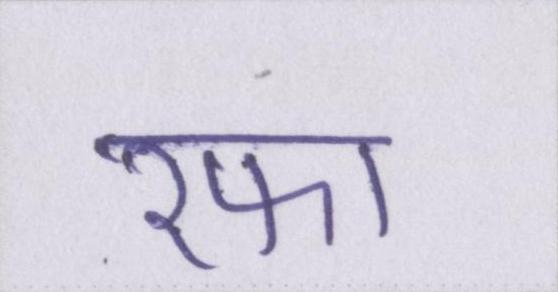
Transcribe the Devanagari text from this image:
रफा